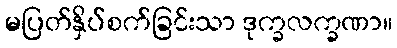
မပြတ်နှိပ်စက်ခြင်းသာ ဒုက္ခလက္ခဏာ။